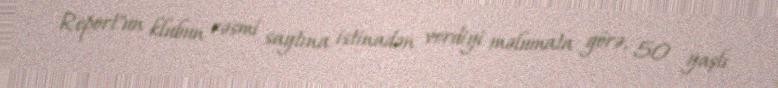
Report"un klubun rəsmi saytına istinadən verdiyi məlumata görə, 50 yaşlı